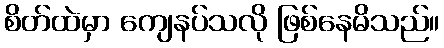
စိတ်ထဲမှာ ကျေနပ်သလို ဖြစ်နေမိသည်။